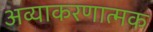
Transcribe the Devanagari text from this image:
अव्याकरणात्मक